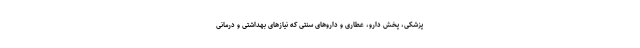
پزشکی، پخش دارو، عطاری و داروهای سنتی که نیازهای بهداشتی و درمانی